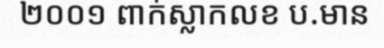
២០០១ ពាក់ស្លាកលខ ប.មាន